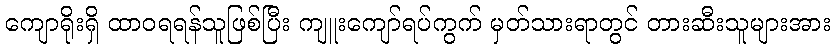
ကျောရိုးရှိ ထာဝရရန်သူဖြစ်ပြီး ကျူးကျော်ရပ်ကွက် မှတ်သားရာတွင် တားဆီးသူများအား